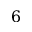
6